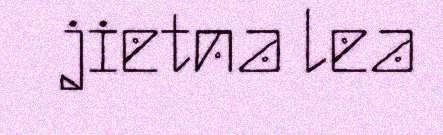
jietna lea